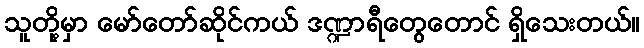
သူတို့မှာ မော်တော်ဆိုင်ကယ် ဒဏ္ဍာရီတွေတောင် ရှိသေးတယ်။